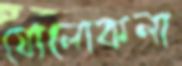
ষোলোকলা